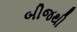
બીજથી